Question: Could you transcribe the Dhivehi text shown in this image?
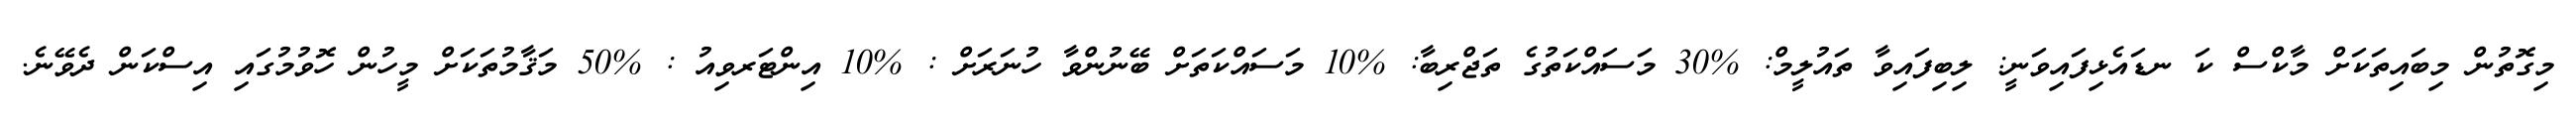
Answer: މިގޮތުން މިބައިތަކަށް މާކްސް ކަ ނޑައެޅިފައިވަނީ: ލިބިފައިވާ ތައުލީމް: %30 މަސައްކަތުގެ ތަޖްރިބާ: %10 މަސައްކަތަށް ބޭނުންވާ ހުނަރަށް : %10 އިންޓަރވިއު : %50 މަޤާމުތަކަށް މީހުން ހޮވުމުގައި އިސްކަން ދެވޭނެ.